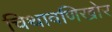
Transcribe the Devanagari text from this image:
चिथावणिखोर